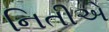
નિતીએ